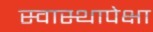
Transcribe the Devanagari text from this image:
स्वास्थापेक्षा